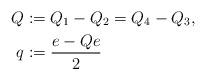
LaTeX: \begin{align*} Q&:=Q_1-Q_2 = Q_4-Q_3,\ \\ q&:=\frac{e-Qe}{2}\end{align*}